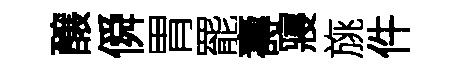
醸僢胃罷壽寢旐件